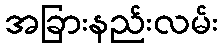
အခြားနည်းလမ်း